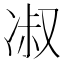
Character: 𭂑